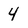
Character: 4